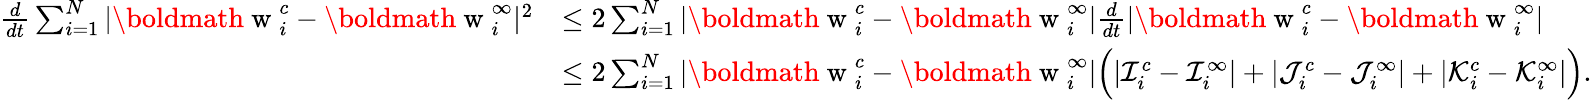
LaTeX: \begin{array}{r}{\begin{array}{rl}{\frac{d}{dt}\sum_{i=1}^{N}|\mathrm{\boldmath~w~}_{i}^{c}-\mathrm{\boldmath~w~}_{i}^{\infty}|^{2}}&{\leq 2\sum_{i=1}^{N}|\mathrm{\boldmath~w~}_{i}^{c}-\mathrm{\boldmath~w~}_{i}^{\infty}|\frac{d}{dt}|\mathrm{\boldmath~w~}_{i}^{c}-\mathrm{\boldmath~w~}_{i}^{\infty}|}\\ &{\leq 2\sum_{i=1}^{N}|\mathrm{\boldmath~w~}_{i}^{c}-\mathrm{\boldmath~w~}_{i}^{\infty}|\Big(|\mathcal{I}_{i}^{c}-\mathcal{I}_{i}^{\infty}|+|\mathcal{J}_{i}^{c}-\mathcal{J}_{i}^{\infty}|+|\mathcal{K}_{i}^{c}-\mathcal{K}_{i}^{\infty}|\Big).}\end{array}}\end{array}